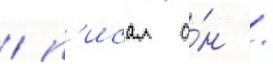
/ п'исал о́н /